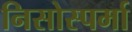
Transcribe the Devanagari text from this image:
निसोस्पर्मा